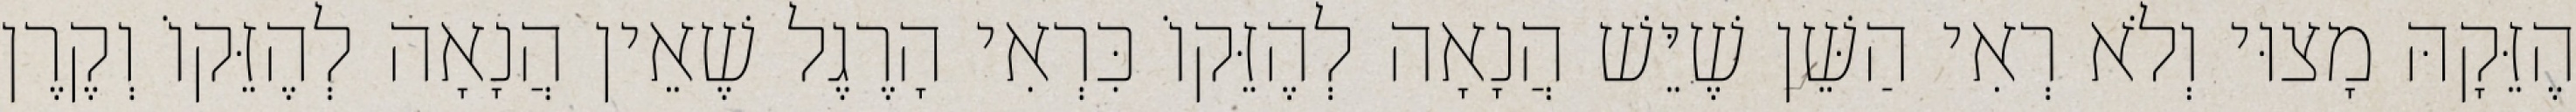
הֶזֵּקָהּ מָצוּי וְלֹא רְאִי הַשֵּׁן שֶׁיֵּשׁ הֲנָאָה לְהֶזֵּקוֹ כִּרְאִי הָרֶגֶל שֶׁאֵין הֲנָאָה לְהֶזֵּקוֹ וְקֶרֶן